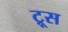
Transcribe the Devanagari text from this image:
ट्रूस